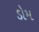
ડોમ